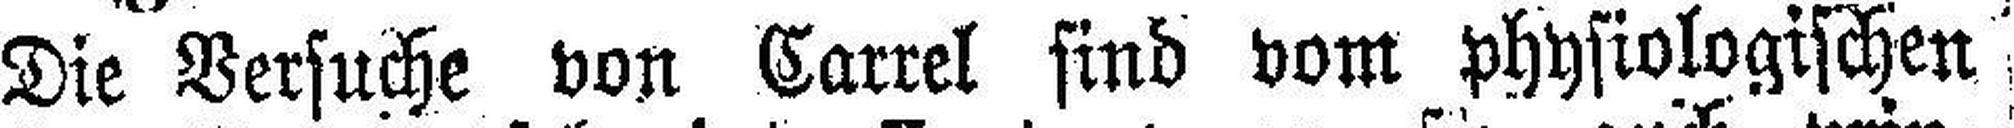
Die Versuche von Carrel sind vom physiologischen)